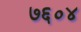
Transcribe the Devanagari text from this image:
७६०४